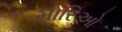
મારિઓ